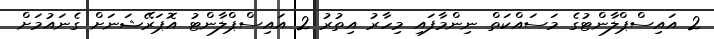
2 އައިސްޕްލާންޓުގެ މަސައްކަތް ނިންމާފައި މިހާރު އިތުރު 2 އައިސްޕްލާންޓު އޮޕަރޭޝަނަށް ގެނައުމަށް